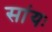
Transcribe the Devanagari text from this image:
सांयः